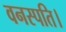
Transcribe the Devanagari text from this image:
वनस्पति।